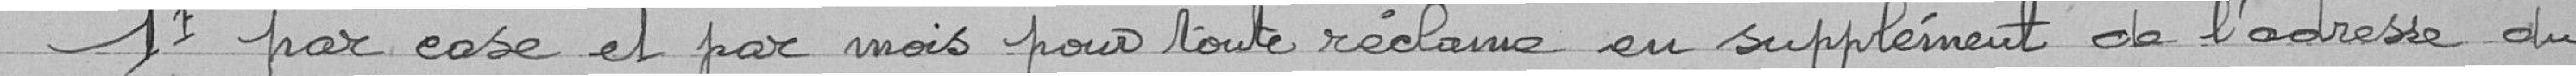
1F par case et par mois pour toute réclame ou supplément de l'ordres de